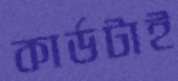
কার্ডটাই